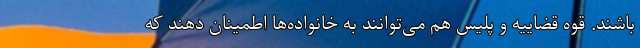
باشند. قوه قضاییه و پلیس هم می‌توانند به خانواده‌ها اطمینان دهند که